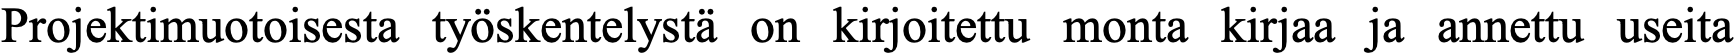
Projektimuotoisesta työskentelystä on kirjoitettu monta kirjaa ja annettu useita